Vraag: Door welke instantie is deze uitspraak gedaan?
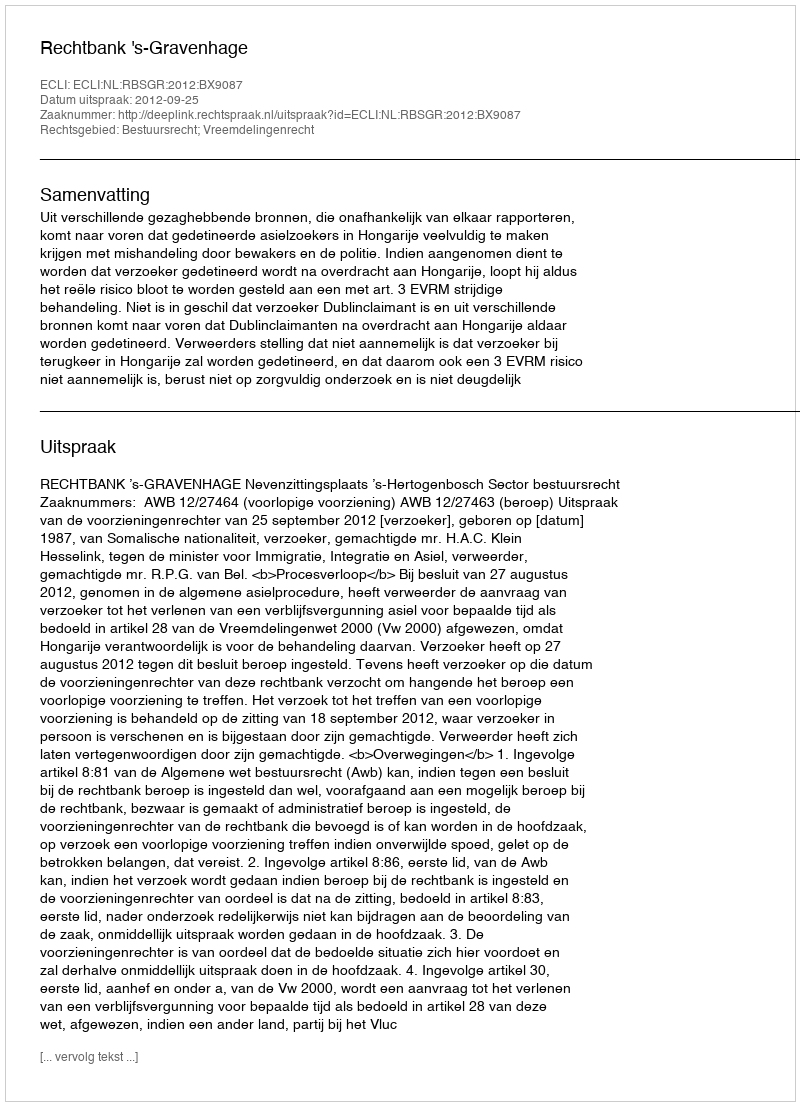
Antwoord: Rechtbank 's-Gravenhage